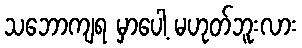
သဘောကျရ မှာပေါ့ မဟုတ်ဘူးလား